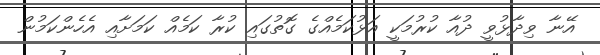
އޭނާ ވިދާޅުވީ ދުއާ ކުރުމަކީ އަޅުކަމެއްގެ ގޮތުގައި ކުރާ ކަމެއް ކަމަށާއި އެހެންކަމުން